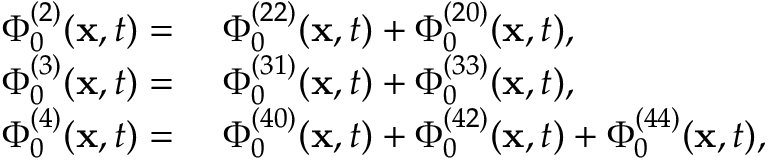
\begin{array} { r l } { \Phi _ { 0 } ^ { ( 2 ) } ( \mathbf { x } , t ) = ~ } & { \Phi _ { 0 } ^ { ( 2 2 ) } ( \mathbf { x } , t ) + \Phi _ { 0 } ^ { ( 2 0 ) } ( \mathbf { x } , t ) , } \\ { \Phi _ { 0 } ^ { ( 3 ) } ( \mathbf { x } , t ) = ~ } & { \Phi _ { 0 } ^ { ( 3 1 ) } ( \mathbf { x } , t ) + \Phi _ { 0 } ^ { ( 3 3 ) } ( \mathbf { x } , t ) , } \\ { \Phi _ { 0 } ^ { ( 4 ) } ( \mathbf { x } , t ) = ~ } & { \Phi _ { 0 } ^ { ( 4 0 ) } ( \mathbf { x } , t ) + \Phi _ { 0 } ^ { ( 4 2 ) } ( \mathbf { x } , t ) + \Phi _ { 0 } ^ { ( 4 4 ) } ( \mathbf { x } , t ) , } \end{array}